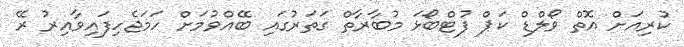
ކުރިއަށް އޮތް ވޯލްޑް ކަޕް ފުޓްބޯޅަ މުބާރާތް ގަތަރުގައި ބޭއްވުމަށް ހަމަޖެހިފައިވާއިރު ރޭ